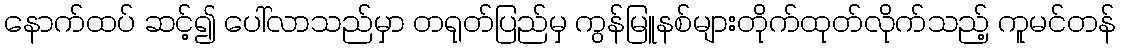
နောက်ထပ် ဆင့်၍ ပေါ်လာသည်မှာ တရုတ်ပြည်မှ ကွန်မြူနစ်များတိုက်ထုတ်လိုက်သည့် ကူမင်တန်